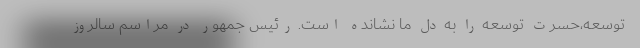
توسعه،حسرت توسعه را به دل ما نشانده است. رئیس جمهور در مراسم سالروز